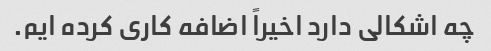
چه اشکالی دارد اخیراً اضافه کاری کرده ایم.